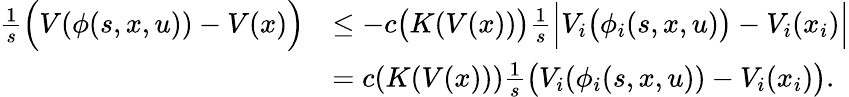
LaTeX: \begin{array}{rl}{\frac{1}{s}\Big(V(\phi(s,x,u))-V(x)\Big)}&{\leq-c\big(K(V(x))\big)\frac{1}{s}\Big|V_{i}\big(\phi_{i}(s,x,u)\big)-V_{i}(x_{i})\Big|}\\ &{=c(K(V(x)))\frac{1}{s}\big(V_{i}(\phi_{i}(s,x,u))-V_{i}(x_{i})\big).}\end{array}